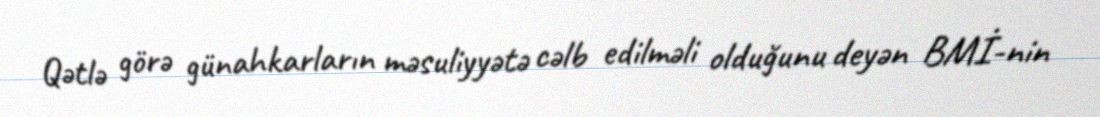
Qətlə görə günahkarların məsuliyyətə cəlb edilməli olduğunu deyən BMİ-nin